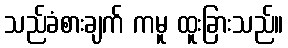
သည်ခံစားချက် ကမူ ထူးခြားသည်။